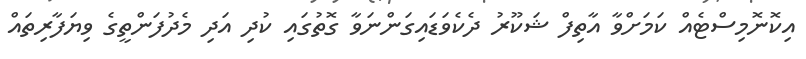
އިކޮނޮމިސްޓެއް ކަމަށްވާ އާތިފް ޝަކޫރު ދެކެވަޑައިގަންނަވާ ގޮތުގައި ކުދި އަދި މެދުފަންތީގެ ވިޔަފާރިތައް